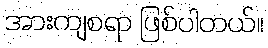
အားကျစရာ ဖြစ်ပါတယ်။